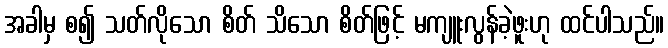
အခါမှ စ၍ သတ်လိုသော စိတ် သိသော စိတ်ဖြင့် မကျူးလွန်ခဲ့ဖူးဟု ထင်ပါသည်။